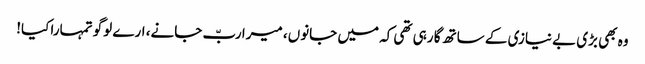
وہ بھی بڑی بے نیازی کے ساتھ گا رہی تھی کہ میں جانوں، میرا ربّ جانے، ارے لوگو تمہارا کیا!